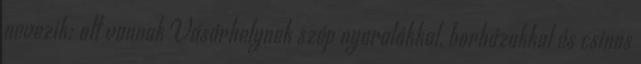
nevezik; ott vannak Vásárhelynek szép nyaralókkal, borházakkal és csinos